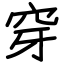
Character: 穿